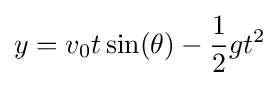
y=v_{0}t\sin(\theta )-{\frac {1}{2}}gt^{2}